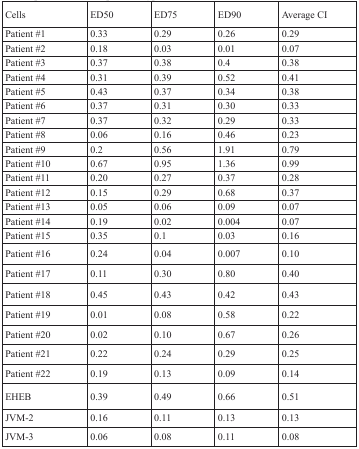
<table><thead><tr><td><b>Cells</b></td><td><b>ED50</b></td><td><b>ED75</b></td><td><b>ED90</b></td><td><b>Average CI</b></td></tr></thead><tbody><tr><td>Patient #1</td><td>0.33</td><td>0.29</td><td>0.26</td><td>0.29</td></tr><tr><td>Patient #2</td><td>0.18</td><td>0.03</td><td>0.01</td><td>0.07</td></tr><tr><td>Patient #3</td><td>0.37</td><td>0.38</td><td>0.4</td><td>0.38</td></tr><tr><td>Patient #4</td><td>0.31</td><td>0.39</td><td>0.52</td><td>0.41</td></tr><tr><td>Patient #5</td><td>0.43</td><td>0.37</td><td>0.34</td><td>0.38</td></tr><tr><td>Patient #6</td><td>0.37</td><td>0.31</td><td>0.30</td><td>0.33</td></tr><tr><td>Patient #7</td><td>0.37</td><td>0.32</td><td>0.29</td><td>0.33</td></tr><tr><td>Patient #8</td><td>0.06</td><td>0.16</td><td>0.46</td><td>0.23</td></tr><tr><td>Patient #9</td><td>0.2</td><td>0.56</td><td>1.91</td><td>0.79</td></tr><tr><td>Patient #10</td><td>0.67</td><td>0.95</td><td>1.36</td><td>0.99</td></tr><tr><td>Patient #11</td><td>0.20</td><td>0.27</td><td>0.37</td><td>0.28</td></tr><tr><td>Patient #12</td><td>0.15</td><td>0.29</td><td>0.68</td><td>0.37</td></tr><tr><td>Patient #13</td><td>0.05</td><td>0.06</td><td>0.09</td><td>0.07</td></tr><tr><td>Patient #14</td><td>0.19</td><td>0.02</td><td>0.004</td><td>0.07</td></tr><tr><td>Patient #15</td><td>0.35</td><td>0.1</td><td>0.03</td><td>0.16</td></tr><tr><td>Patient #16</td><td>0.24</td><td>0.04</td><td>0.007</td><td>0.10</td></tr><tr><td>Patient #17</td><td>0.11</td><td>0.30</td><td>0.80</td><td>0.40</td></tr><tr><td>Patient #18</td><td>0.45</td><td>0.43</td><td>0.42</td><td>0.43</td></tr><tr><td>Patient #19</td><td>0.01</td><td>0.08</td><td>0.58</td><td>0.22</td></tr><tr><td>Patient #20</td><td>0.02</td><td>0.10</td><td>0.67</td><td>0.26</td></tr><tr><td>Patient #21</td><td>0.22</td><td>0.24</td><td>0.29</td><td>0.25</td></tr><tr><td>Patient #22</td><td>0.19</td><td>0.13</td><td>0.09</td><td>0.14</td></tr><tr><td>EHEB</td><td>0.39</td><td>0.49</td><td>0.66</td><td>0.51</td></tr><tr><td>JVM-2</td><td>0.16</td><td>0.11</td><td>0.13</td><td>0.13</td></tr><tr><td>JVM-3</td><td>0.06</td><td>0.08</td><td>0.11</td><td>0.08</td></tr></tbody></table>